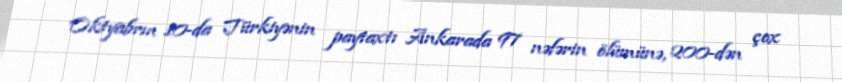
Oktyabrın 10-da Türkiyənin paytaxtı Ankarada 97 nəfərin ölümünə, 200-dən çox